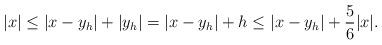
LaTeX: \begin{align*} |x|\leq |x-y_h|+|y_h| = |x-y_h| +h \leq |x-y_h| + \frac{5}{6}|x|.\end{align*}